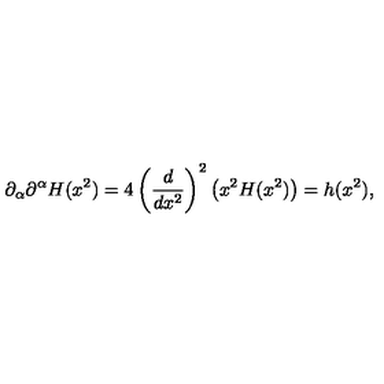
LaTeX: \partial _ { \alpha } \partial ^ { \alpha } H ( x ^ { 2 } ) = 4 \left( { \frac { d } { d x ^ { 2 } } } \right) ^ { 2 } \left( x ^ { 2 } H ( x ^ { 2 } ) \right) = h ( x ^ { 2 } ) ,